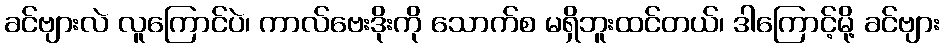
ခင်ဗျားလဲ လူကြောင်ပဲ၊ ကာလ်ဗေးဒိုးကို သောက်စ မရှိဘူးထင်တယ်၊ ဒါကြောင့်မို့ ခင်ဗျား